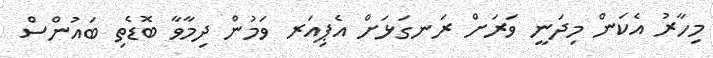
މިހާރު އެކަން މިދަނީ ވަރަށް ރަނގަޅަށް އެޕިއަރ ވަމުން ދިމާވާ ބޮޑެތި ބައުންސް